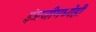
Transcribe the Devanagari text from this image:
इंग्रजीमध्येही